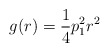
\begin{align*}g(r)=\frac{1}{4}p_1^2r^2\end{align*}